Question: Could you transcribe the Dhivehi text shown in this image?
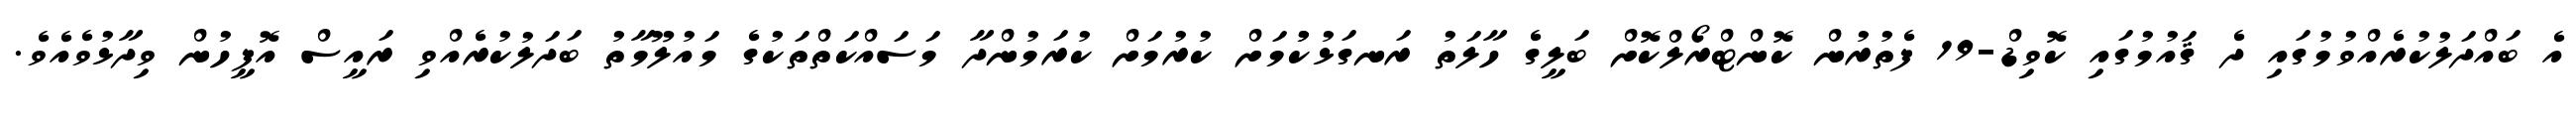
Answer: އެ ބައްދަލުކުރެއްވުމުގައި ދެ ޤައުމުގައި ކޮވިޑް-19 ފެތުރުން ކޮންޓްރޯލްކޮށް ބަލީގެ ހާލަތު ރަނގަޅުކުުމަށް ކުރުމަށް ކުރަމުންދާ މަސައްކަތްތަކުގެ މައުލޫމާތު ބަދަލުކުރެއްވި ރައީސް އޮފީހުން ވިދާޅުވެއެވެ.